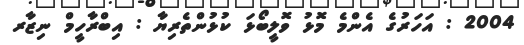
2004 : އަހަރުގެ އެންމެ މޮޅު ވޮލީބޯޅަ ކުޅުންތެރިޔާ : އިބްރާހީމް ނިޒާރ